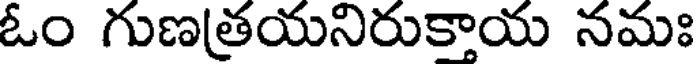
ఓం గుణత్రయనిరుకాయ నమః